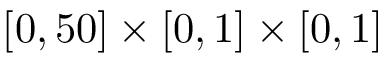
[ 0 , 5 0 ] \times [ 0 , 1 ] \times [ 0 , 1 ]